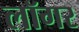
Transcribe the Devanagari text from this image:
लॉगर